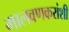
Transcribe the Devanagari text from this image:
मालवणकरांशी